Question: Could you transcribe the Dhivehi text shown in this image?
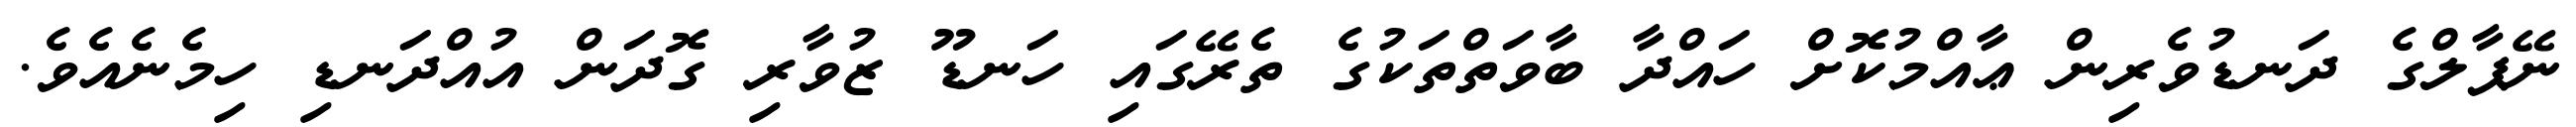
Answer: ނޭޕާލްގެ ދަނޑުވެރިން ޢާއްމުކޮށް ހައްދާ ބާވަތްތަކުގެ ތެރޭގައި ހަނޑޫ ޒުވާރި ގޮދަން އުއްދަނޑި ހިމެނެއެވެ.